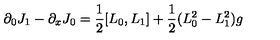
\partial _ { 0 } J _ { 1 } - \partial _ { x } J _ { 0 } = \frac { 1 } { 2 } [ L _ { 0 } , L _ { 1 } ] + \frac { 1 } { 2 } ( L _ { 0 } ^ { 2 } - L _ { 1 } ^ { 2 } ) g